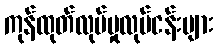
ကုန်ထုတ်လုပ်မှုလုပ်ငန်းများ